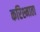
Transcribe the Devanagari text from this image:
करिश्माता